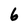
Character: 6